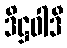
ဒိဋ္ဌဝါဒီ